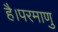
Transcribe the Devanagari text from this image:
है।परमाणु